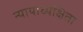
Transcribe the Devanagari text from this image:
न्यायाध्यक्षिता